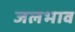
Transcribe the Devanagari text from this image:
जलभाव